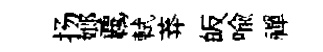
扬嫏覊軾莽皈喩禪